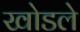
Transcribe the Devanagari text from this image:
खोडले